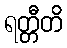
ရတ္တီတိ